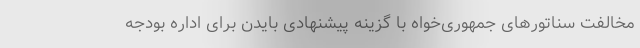
مخالفت سناتورهای جمهوری‌خواه با گزینه پیشنهادی بایدن برای اداره بودجه